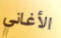
الأغاني